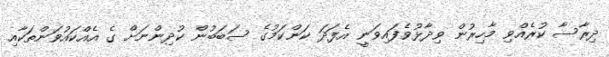
ދިރާސާ ކުރެއްވި މާހިރުން ވިދާޅުވެފައިވަނީ އެފަދަ ކަންކަމުގެ ސަބަބުން ކުދިންނަށް ގެ އެއްކައުވަންތަކާއި